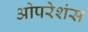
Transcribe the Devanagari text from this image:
ओपरेशंस